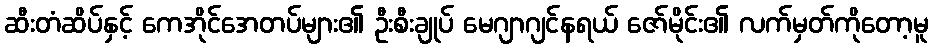
ဆီးတံဆိပ်နှင့် ကေအိုင်အေတပ်များ၏ ဦးစီးချုပ် မေဂျာဂျင်နရယ် ဇော်မိုင်း၏ လက်မှတ်ကိုတော့မူ